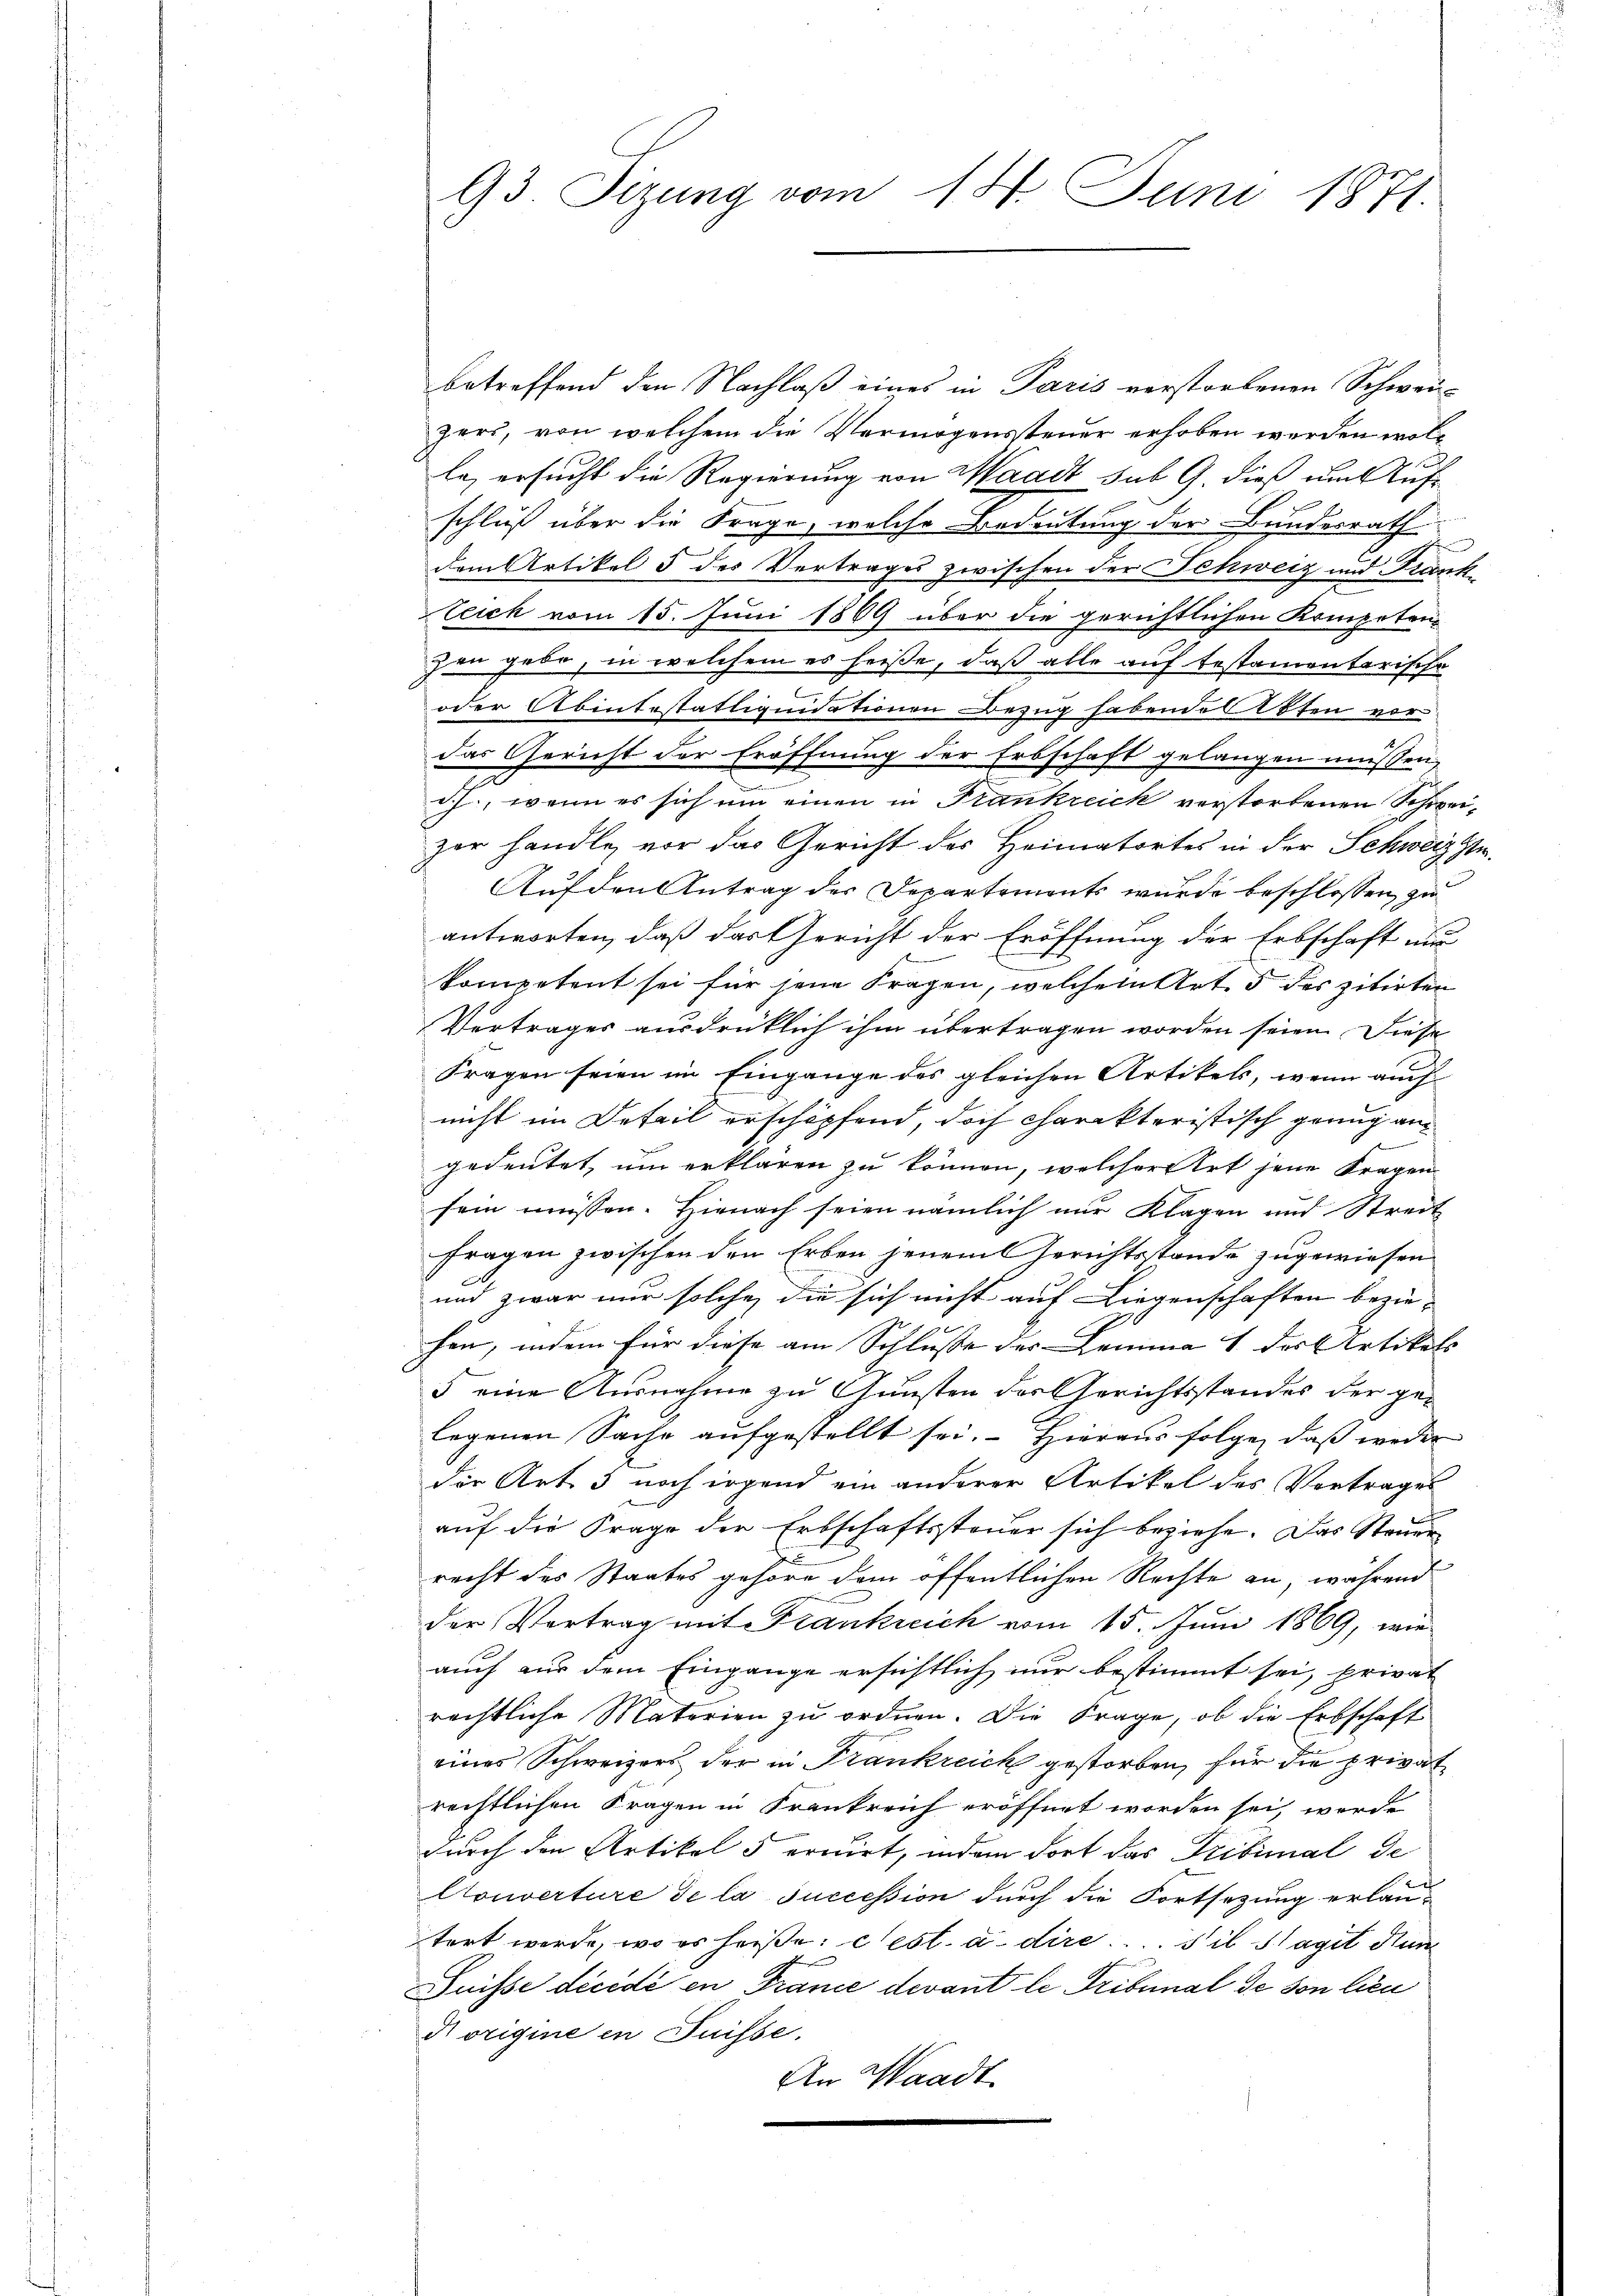
93 Sizung vom 14. Juni 1871.

betreffend den Nachlaß eines in Paris verstorbenen Schweizer, von welchem die Vermögenssteuer erhoben werden woll
le, ersucht die Regierung von Waadt sub G. dieß um Aufschluß über die Frage, welche Bedeutung der Bundesrath
dem Artikel 5 des Vertrages zwischen der Schweiz und Frank
Steck vom 15. Juni 1869 über die gerichtlichen Kompeten
zen gebe, in welchem es heiße, daß alle auf testamenterische
oder Abintestattiquidationen Bezug habende Ofen vor
das Gericht der Eröffnung der Erbschaft gelangen müssen,
d.J., wenn es sich um einen in Frankreich verstorbenen Schweizor handle, vor das Gericht des Heimatortes in der Schweiz ste
Auf den Antrag der Departements wurde beschlossen, zu
antworten, daß das Gericht der Eröffnung der Erbschaft nur
kompetent sei für jene Fragen, welchem Art. 5 des zitirten
Vertrages ausdrücklich ihm übertragen worden seien. Diese
Fragen seien im Eingange des gleichen Artikels, wenn auch
nicht im Detail erschöpfend, doch charakteristisch genug an
gedeutet, um erklären zu können, welcher Art jene Fragen
sein müssen. Hienach seien nämlich nur Klagen und Streit
fragen zwischen den Erben jenem Gerichtsstande zugewiesen
und zwar nur solche die sich nicht auf Liegenschaften bezie-
hen, indem für diese am Schlusse des Lemma 1 der Artikels |
5 eine Ausnahme zu Gunsten der Gerichtsstandes der gelegenen Sache aufgestellt sei. Hieraus folge, daß weder
der Art. 3 noch irgend ein anderer Artikel des Vortrages
auf die Frage der Erbschaftssteuer sich beziehe. Das Steuer
recht des Staates gehöre dem öffentlichen Rechte an, während
der Vortrag mit Krankreich vom 15. Juni 1869, wie
auch nur dem Eingange ersichtlich nur bestimmt sei, privat
rechtliche Materien zu ordnen. Die Frage, ob die Erbschaft
eines Schweizers der in Frankreich gestorben, für die privat
rechtlichen Fragen in Frankreich eröffnet worden sei, werde
durch den Artikel 5 eruirt, indem dort das Tribunal de
Couverture de la succession durch die Fortsetzung erlautert werde, wo es heiße: cest. a. dire.... sie agit dur
Puisse décédé en France devant le Tribunal de von lieu
d origine in Suisse.
An Waadt